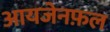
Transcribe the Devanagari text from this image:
आयजेनफ़ल